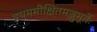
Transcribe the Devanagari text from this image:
प्रथममीक्षितमञ्जुमूर्तेः